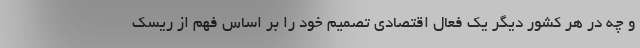
و چه در هر کشور دیگر یک فعال اقتصادی تصمیم خود را بر اساس فهم از ریسک